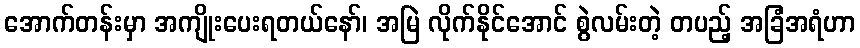
အောက်တန်းမှာ အကျိုးပေးရတယ်နော်၊ အမြဲ လိုက်နိုင်အောင် စွဲလမ်းတဲ့ တပည့် အခြံအရံဟာ